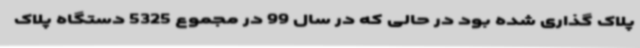
پلاک گذاری شده بود در حالی که در سال 99 در مجموع 5325 دستگاه پلاک